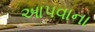
આપવાના